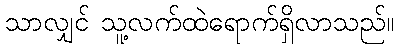
သာလျှင် သူ့လက်ထဲရောက်ရှိလာသည်။